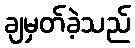
ချမှတ်ခဲ့သည်